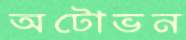
অটোভন